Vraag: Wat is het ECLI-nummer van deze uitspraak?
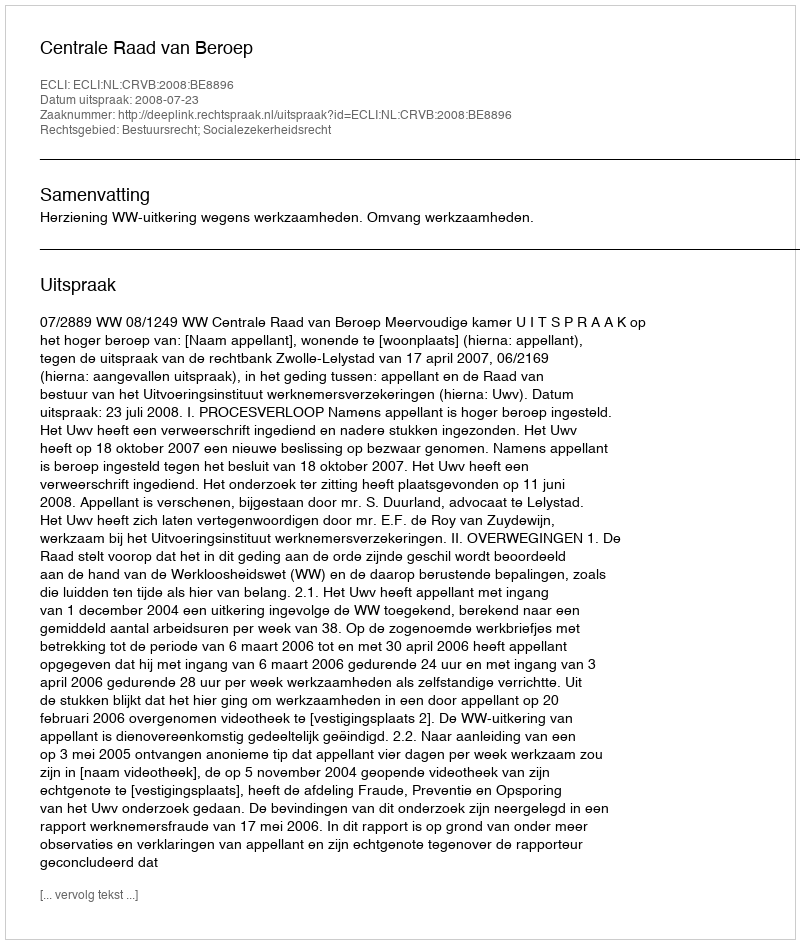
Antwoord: ECLI:NL:CRVB:2008:BE8896